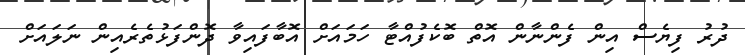
ދުރު ފިޔެސް އިން ފެންނާން އޮތް ބޮކެފުއްޓާ ހަމައަށް އޮބާފައިވާ ދޮންފަޅުތެރެއިން ނަލައަށް